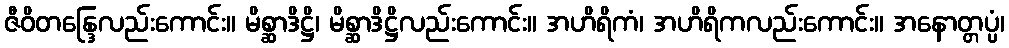
ဇီဝိတန္ဒြေလည်းကောင်း။ မိစ္ဆာဒိဋ္ဌိ၊ မိစ္ဆာဒိဋ္ဌိလည်းကောင်း။ အဟိရိကံ၊ အဟိရိကလည်းကောင်း။ အနောတ္တပ္ပံ၊